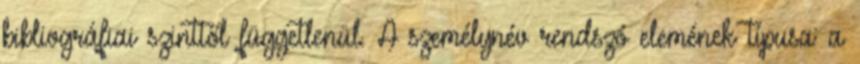
bibliográfiai szinttől függetlenül. A személynév rendszó elemének típusa: a